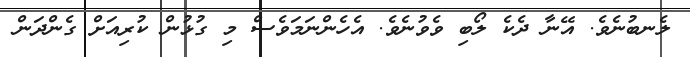
ލެނބުނެވެ. އޭނާ ދެކެ ލޯބި ވެވުނެވެ. އެހެންނަމަވެސް މި ގުޅުން ކުރިއަށް ގެންދަން